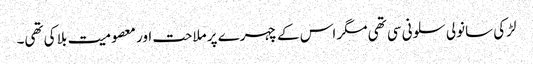
لڑکی سانولی سلونی سی تھی مگر اس کے چہرے پر ملاحت اور معصومیت بلا کی تھی۔